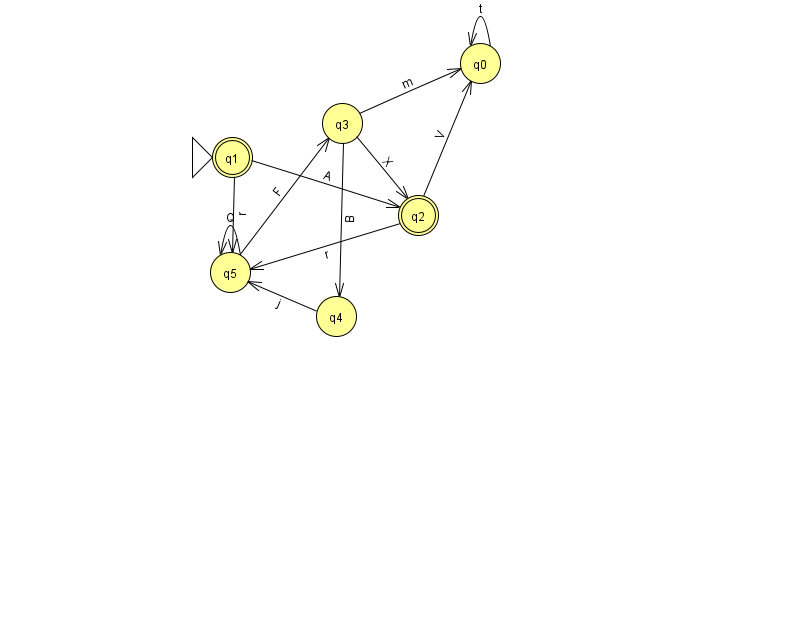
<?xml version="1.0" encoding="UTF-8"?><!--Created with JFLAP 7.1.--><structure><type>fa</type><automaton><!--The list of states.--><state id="0" name="q0"><x>480.0</x><y>50.0</y></state><state id="1" name="q1"><x>232.0</x><y>144.0</y><initial/><final/></state><state id="2" name="q2"><x>418.0</x><y>202.0</y><final/></state><state id="3" name="q3"><x>342.0</x><y>110.0</y></state><state id="4" name="q4"><x>336.0</x><y>303.0</y></state><state id="5" name="q5"><x>230.0</x><y>259.0</y></state><!--The list of transitions.--><transition><from>4</from><to>5</to><read>j</read></transition><transition><from>5</from><to>5</to><read>Q</read></transition><transition><from>3</from><to>0</to><read>m</read></transition><transition><from>0</from><to>0</to><read>t</read></transition><transition><from>5</from><to>3</to><read>F</read></transition><transition><from>3</from><to>2</to><read>X</read></transition><transition><from>1</from><to>5</to><read>r</read></transition><transition><from>2</from><to>0</to><read>V</read></transition><transition><from>1</from><to>2</to><read>A</read></transition><transition><from>3</from><to>4</to><read>B</read></transition><transition><from>2</from><to>5</to><read>r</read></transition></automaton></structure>